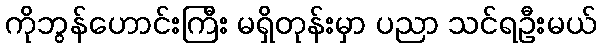
ကိုဘွန်ဟောင်းကြီး မရှိတုန်းမှာ ပညာ သင်ရဦးမယ်